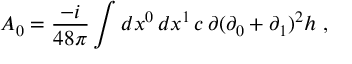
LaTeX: { \cal A } _ { 0 } = \frac { - i } { 4 8 \pi } \int d x ^ { 0 } \, d x ^ { 1 } \, c \, \partial ( \partial _ { 0 } + \partial _ { 1 } ) ^ { 2 } h \ ,